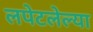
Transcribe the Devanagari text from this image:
लपेटलेल्या